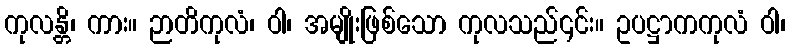
ကုလန္တိ၊ ကား။ ဉာတိကုလံ၊ ဝါ၊ အမျိုးဖြစ်သော ကုလသည်၎င်း။ ဥပဋ္ဌာကကုလံ ဝါ၊